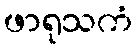
ဖာရုသကံ